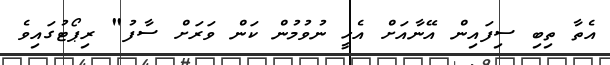
އެތާ ތިބި ސިފައިން އޭނާއަށް އެހީ ނުވުމުން ކަން ވަރަށް ސާފު" ރިޕޯޓުގައިވެ